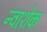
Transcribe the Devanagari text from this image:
न्वाशेक